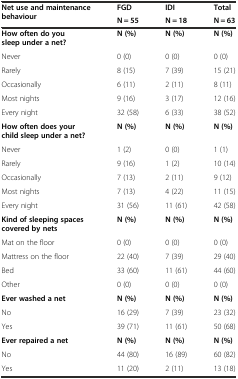
| <ROWSPAN=2> Net use and maintenance behaviour | FGD | IDI | Total |
 | N = 55 | N = 18 | N = 63 |
 | --- | --- | --- | --- |
 | How often do you sleep under a net? | N (%) | N (%) | N (%) |
 | Never | 0 (0) | 0 (0) | 0 (0) |
 | Rarely | 8 (15) | 7 (39) | 15 (21) |
 | Occasionally | 6 (11) | 2 (11) | 8 (11) |
 | Most nights | 9 (16) | 3 (17) | 12 (16) |
 | Every night | 32 (58) | 6 (33) | 38 (52) |
 | How often does your child sleep under a net? | N (%) | N (%) | N (%) |
 | Never | 1 (2) | 0 (0) | 1 (1) |
 | Rarely | 9 (16) | 1 (2) | 10 (14) |
 | Occasionally | 7 (13) | 2 (11) | 9 (12) |
 | Most nights | 7 (13) | 4 (22) | 11 (15) |
 | Every night | 31 (56) | 11 (61) | 42 (58) |
 | Kind of sleeping spaces covered by nets | N (%) | N (%) | N (%) |
 | Mat on the floor | 0 (0) | 0 (0) | 0 (0) |
 | Mattress on the floor | 22 (40) | 7 (39) | 29 (40) |
 | Bed | 33 (60) | 11 (61) | 44 (60) |
 | Other | 0 (0) | 0 (0) | 0 (0) |
 | Ever washed a net | N (%) | N (%) | N (%) |
 | No | 16 (29) | 7 (39) | 23 (32) |
 | Yes | 39 (71) | 11 (61) | 50 (68) |
 | Ever repaired a net | N (%) | N (%) | N (%) |
 | No | 44 (80) | 16 (89) | 60 (82) |
 | Yes | 11 (20) | 2 (11) | 13 (18) |